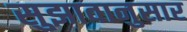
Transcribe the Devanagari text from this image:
सुझावानुसार